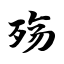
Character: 殇